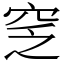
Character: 窆